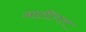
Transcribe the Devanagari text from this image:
आतींगल